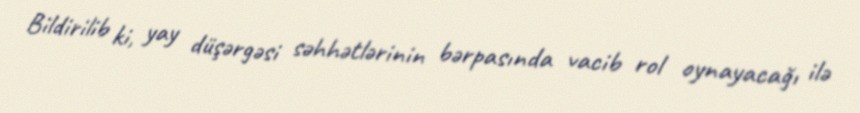
Bildirilib ki, yay düşərgəsi səhhətlərinin bərpasında vacib rol oynayacağı ilə